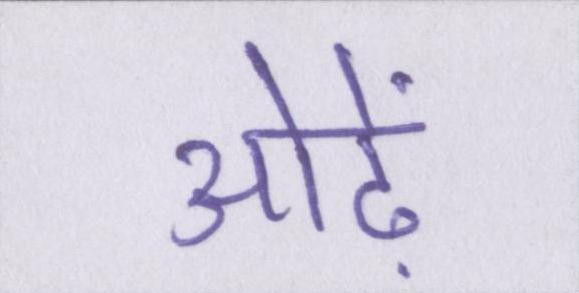
ओढ़ें